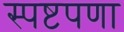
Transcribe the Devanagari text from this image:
स्पष्टपणा